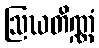
ဩဃတိဏ္ဏံ